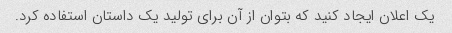
یک اعلان ایجاد کنید که بتوان از آن برای تولید یک داستان استفاده کرد.